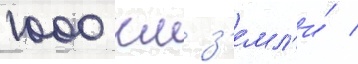
1000 км з'емл'и́ /